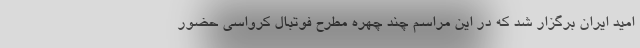
امید ایران برگزار شد که در این مراسم چند چهره مطرح فوتبال کرواسی حضور